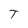
Character: T